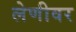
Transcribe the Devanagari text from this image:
लेणीवर